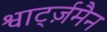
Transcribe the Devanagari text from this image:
श्वार्ट्ज़मैन